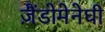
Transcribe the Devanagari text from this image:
ज़ैंडोमेनेघी